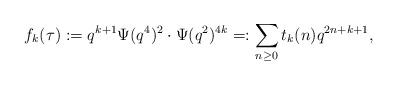
LaTeX: \begin{align*}f_k(\tau):=q^{k+1}\Psi(q^4)^2\cdot\Psi(q^2)^{4k}=:\sum_{n\geq 0}t_{k}(n)q^{2n+k+1},\end{align*}